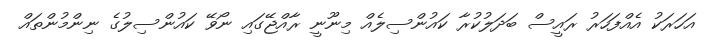
އަހަރަކު އެއްފަހަރު ރައީސް ބަދަލުކުރާ ކައުންސިލެއް މިނޫނީ ރާއްޖޭގައި ނޯވޭ ކައުންސިލުގެ ނިންމުންތައް